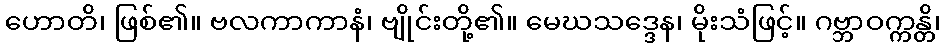
ဟောတိ၊ ဖြစ်၏။ ဗလကာကာနံ၊ ဗျိုင်းတို့၏။ မေဃသဒ္ဒေန၊ မိုးသံဖြင့်။ ဂဗ္ဘာဝက္ကန္တိ၊